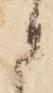
に